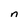
Character: n